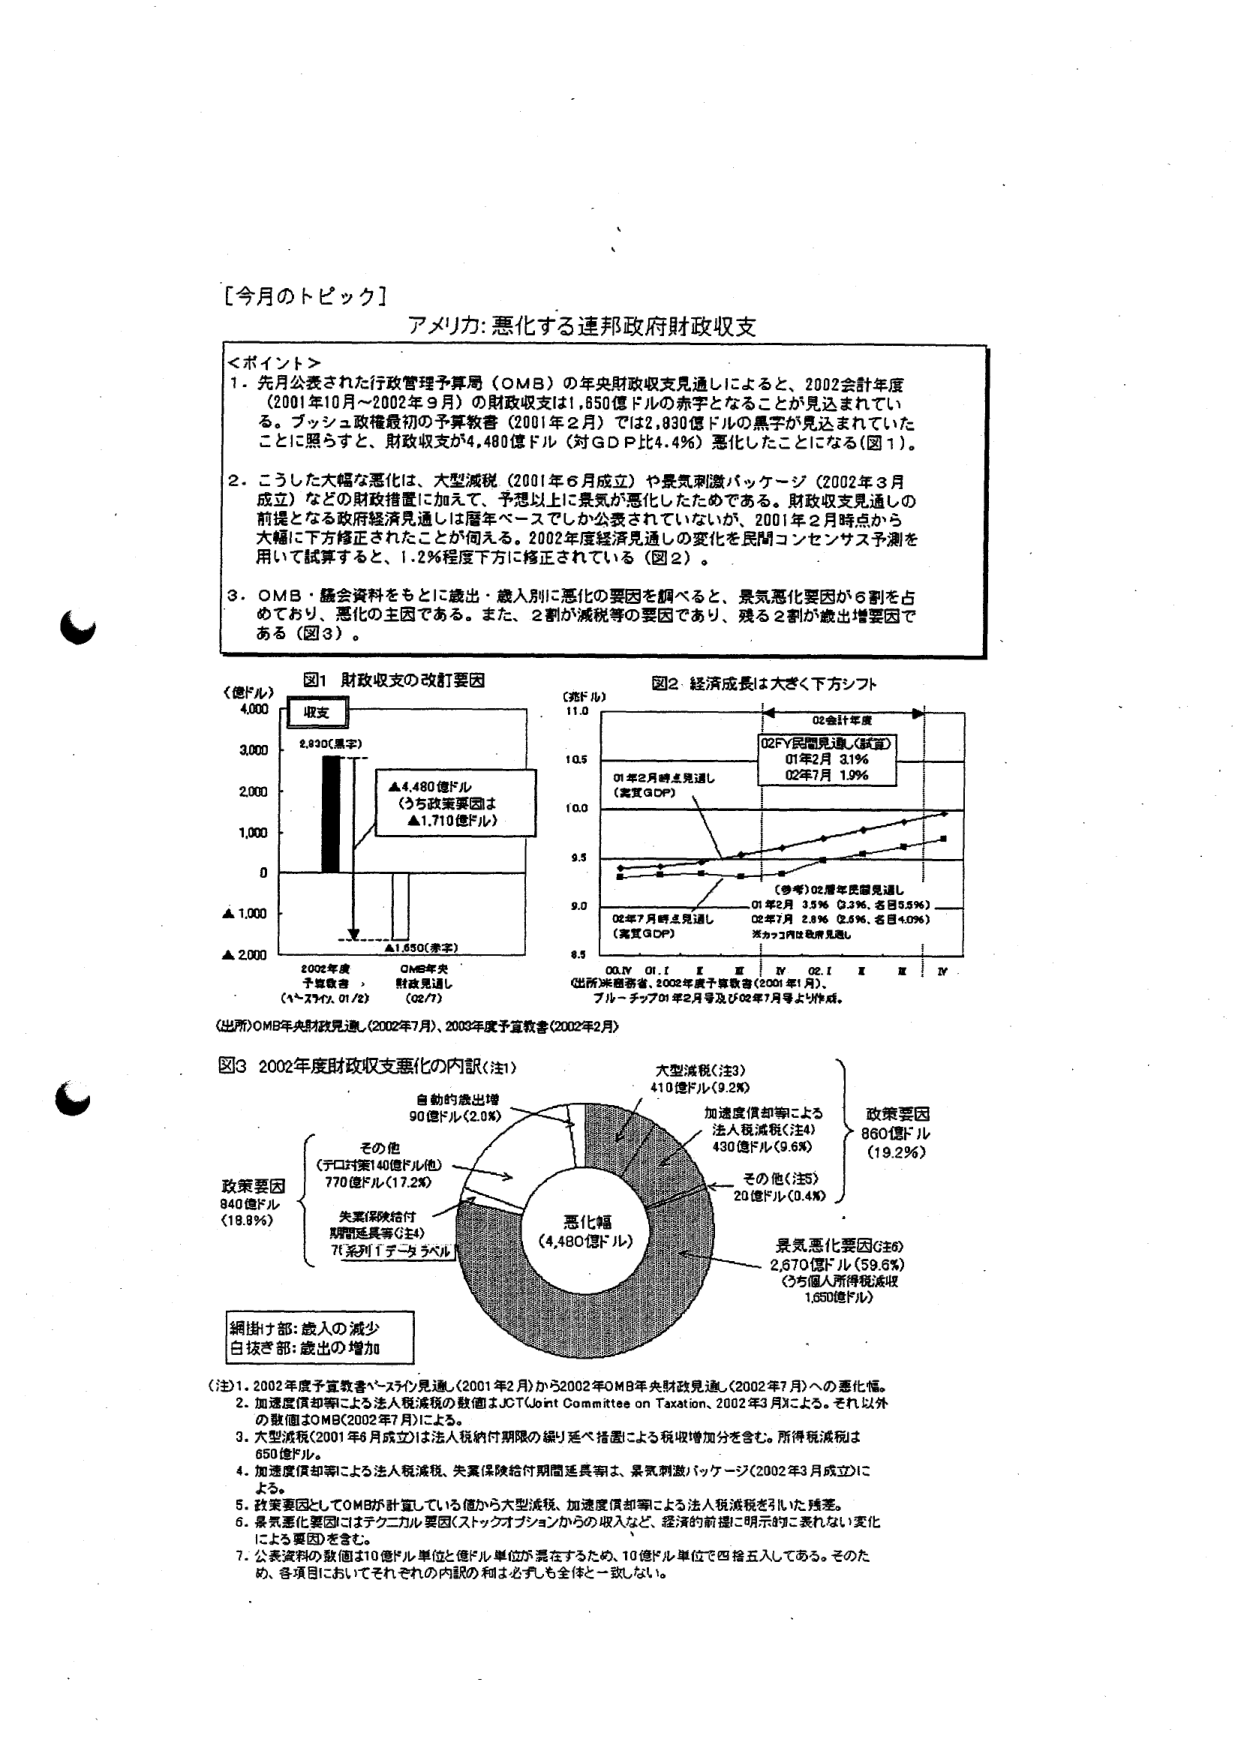
[今月のトピック]
アメリカ:悪化する連邦政府財政収支

＜ポイント＞
1. 先月公表された行政管理予算局（OMB）の年央財政収支見通しによると、2002会計年度（2001年10月～2002年9月）の財政収支は1,850億ドルの赤字となることが見込まれている。ブッシュ政権最初の予算教書（2001年2月）では2,830億ドルの黒字が見込まれていたことに照らすと、財政収支が4,480億ドル（対GDP比4.4%）悪化したことになる（図1）。
2. こうした大幅な悪化は、大型減税（2001年6月成立）や景気刺激パッケージ（2002年3月成立）などの財政措置に加えて、予想以上に景気が悪化したためである。財政収支見通しの前提となる政府経済見通しは暦年ベースでしか公表されていないが、2001年2月時点から大幅に下方修正されたことが伺える。2002年度経済見通しの変化を民間コンセンサス予測を用いて試算すると、1.2%程度下方に修正されている（図2）。
3. OMB・議会資料をもとに歳出・歳入別に悪化の要因を調べると、景気悪化要因が6割を占めており、悪化の主因である。また、2割が減税等の要因であり、残る2割が歳出増要因である（図3）。

図1 財政収支の改訂要因
（億ドル）
4,000
収支
3,000
2,830（黒字）
2,000
▲4,480億ドル
（うち政策要因は
▲1,710億ドル）
1,000
0
▲1,000
▲2,000
2002年度
予算教書
（ﾍﾞｽﾃｯｸ, 01/2）
OMB年央
財政見通し
（02/7）
（出所）OMB年央財政見通し（2002年7月）、2003年度予算教書（2002年2月）

図2 経済成長は大きく下方シフト
（兆ドル）
11.0
02会計年度
02FY民間見通し（試算）
01年2月 3.1%
02年7月 1.9%
10.5
01年2月時点見通し
（実質GDP）
10.0
9.5
（参考）02暦年民間見通し
01年2月 3.5%（2.3%、名目5.5%）
02年7月 2.8%（2.6%、名目4.0%）
※カッコ内は名目成長
9.0
02年7月時点見通し
（実質GDP）
8.5
00.IV 01.I II III IV 02.I II III IV
（出所）米国務省、2002年度予算教書（2001年1月）、
ブルーチップ01年2月号及び02年7月号より作成。

図3 2002年度財政収支悪化の内訳（注1）
政策要因
840億ドル
（18.9%）
その他
（テロ対策140億ドル他）
770億ドル（17.2%）
失業保険給付
期間延長等（注4）
71系列1データラベル
自動的歳出増
90億ドル（2.0%）
大型減税（注3）
410億ドル（9.2%）
加速度償却等による
法人税減税（注4）
430億ドル（9.6%）
その他（注5）
20億ドル（0.4%）
悪化幅
（4,480億ドル）
景気悪化要因（注6）
2,670億ドル（59.6%）
（うち個人所得税減収
1,650億ドル）
政策要因
860億ドル
（19.2%）
網掛け部：歳入の減少
白抜き部：歳出の増加

（注）1. 2002年度予算教書ベースの見通し（2001年2月）から2002年OMB年央財政見通し（2002年7月）への悪化幅。
2. 加速度償却等による法人税減税の数値はJOT（Joint Committee on Taxation、2002年3月）による。それ以外の数値はOMB（2002年7月）による。
3. 大型減税（2001年6月成立）は法人税納付期限の繰り延べ措置による税収増加分を含む。所得税減税は650億ドル。
4. 加速度償却等による法人税減税、失業保険給付期間延長等は、景気刺激パッケージ（2002年3月成立）による。
5. 政策要因としてOMBが計画している値から大型減税、加速度償却等による法人税減税を引いた残差。
6. 景気悪化要因はマクロニル要因（ストックオプションからの収入など、経済的前提に明示的に表れない変化による要因）を含む。
7. 公表資料の数値は10億ドル単位と億ドル単位が混在するため、10億ドル単位で四捨五入してある。そのため、各項目においてそれぞれの内訳の和は必ずしも全体と一致しない。